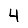
Digit: 4